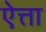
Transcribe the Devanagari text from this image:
ऐत्ता